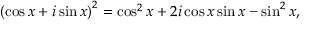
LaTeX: \left( \cos x + i \sin x \right) ^ { 2 } = \cos ^ { 2 } x + 2 i \cos x \sin x - \sin ^ { 2 } x ,